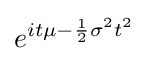
e^{it\mu -{\frac {1}{2}}\sigma ^{2}t^{2}}